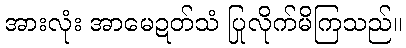
အားလုံး အာမေဍတ်သံ ပြုလိုက်မိကြသည်။